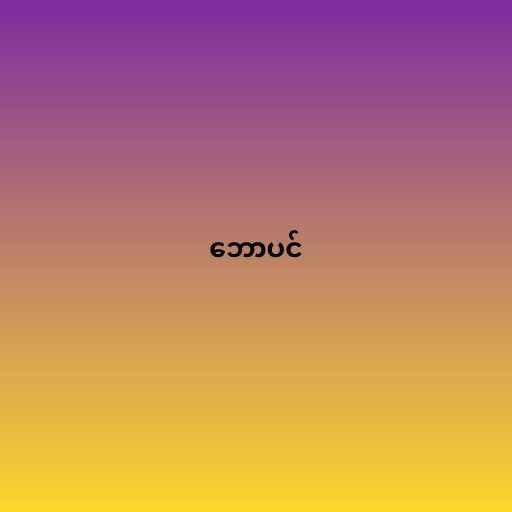
ဘောပင်